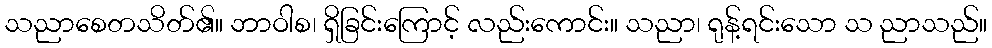
သညာစေတသိတ်၏။ ဘာဝါစ၊ ရှိခြင်းကြောင့် လည်းကောင်း။ သညာ၊ ရုန့်ရင်းသော သ ညာသည်။